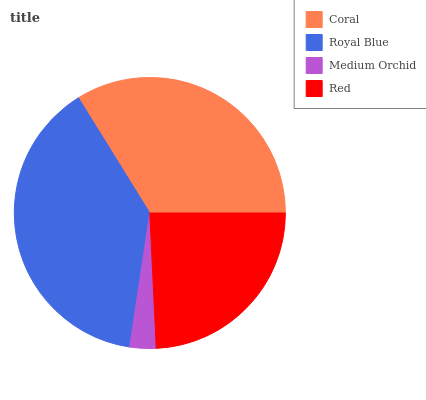
| Coral | Royal Blue | Medium Orchid | Red |
 | --- | --- | --- | --- |
 | 33.9% | 38.8% | 3.1% | 24.2% |